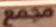
مجمع